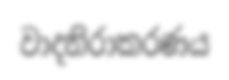
වාදනිරාකරණය